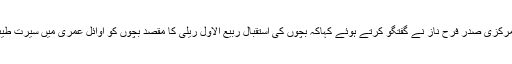
اس موقع پر ویمن لیگ کی مرکزی صدر فرح ناز نے گفتگو کرتے ہوئے کہاکہ بچوں کی استقبال ربیع الاول ریلی کا مقصد بچوں کو اوائل عمری میں سیرت طیبہ سے روشناس کروانا ہے۔